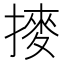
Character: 𫝾